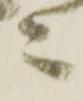
々